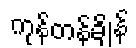
ကုန်တန်ချိန်